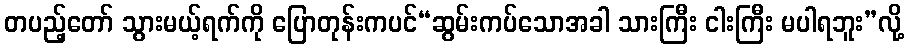
တပည့်တော် သွားမယ့်ရက်ကို ပြောတုန်းကပင်“ဆွမ်းကပ်သောအခါ သားကြီး ငါးကြီး မပါရဘူး”လို့